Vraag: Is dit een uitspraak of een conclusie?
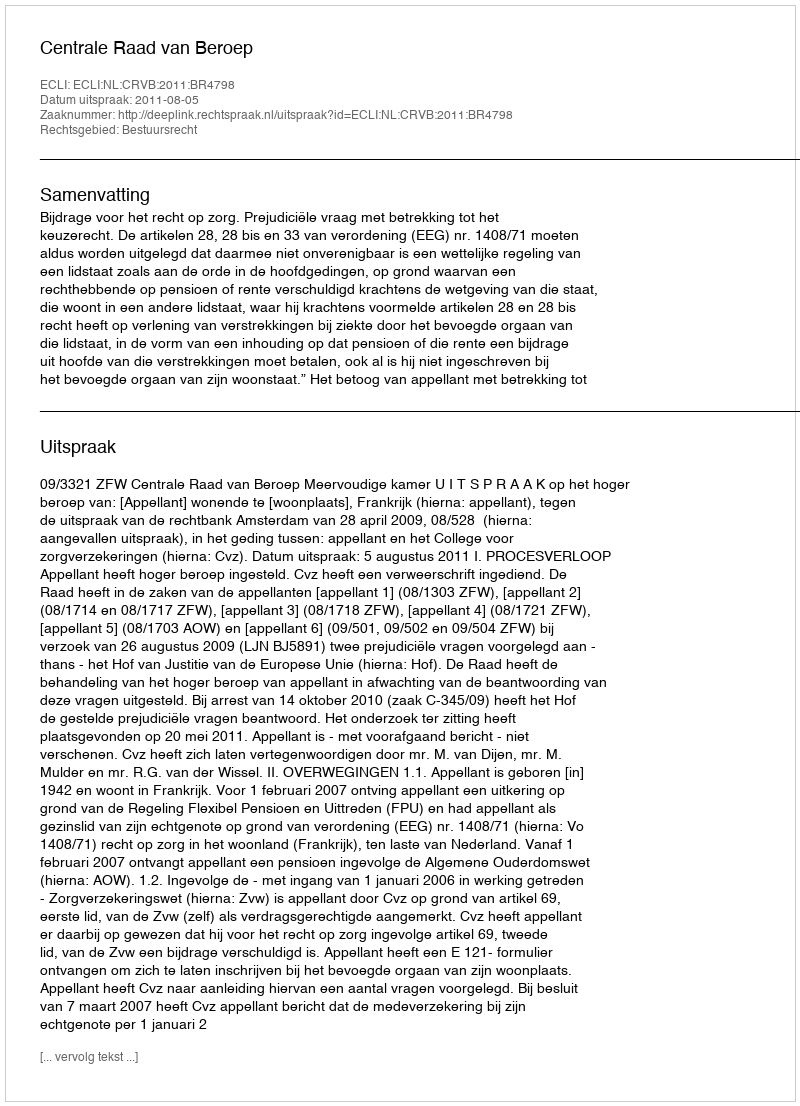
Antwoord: Uitspraak